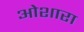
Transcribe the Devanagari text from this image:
ओशारा